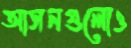
আসনগুলোও